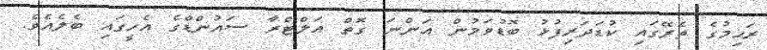
ރަހިމުގެ ތެރޭގައި ކުޑަދަރިފުޅު ބޮޑުވަމުން އަންނަ ގޮތް އަލްޓްރާ ސައުންޑްގެ އެހީގައި ބެލެއެވެ.